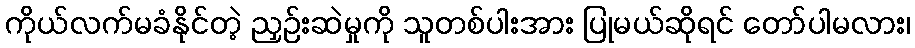
ကိုယ်လက်မခံနိုင်တဲ့ ညှဉ်းဆဲမှုကို သူတစ်ပါးအား ပြုမယ်ဆိုရင် တော်ပါမလား၊